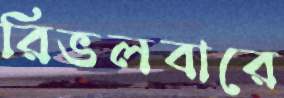
রিভলবারে